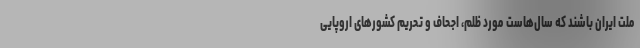
ملت ایران باشند که سال‌هاست مورد ظلم، اجحاف و تحریم کشورهای اروپایی